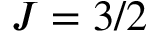
J = 3 / 2